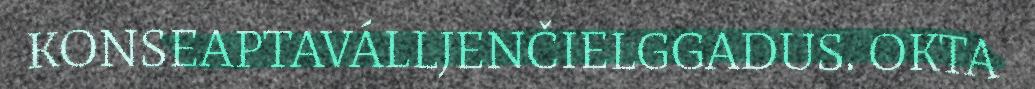
KONSEAPTAVÁLLJENČIELGGADUS. OKTA